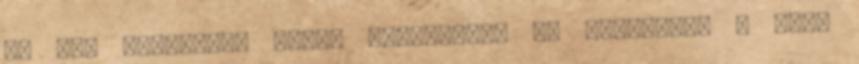
én úgy gondolom, néhol túlságosan is sarkított a kép,